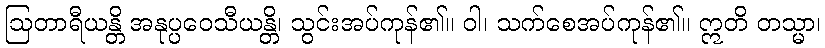
ဩတာရီယန္တိ အနုပ္ပဝေသီယန္တိ၊ သွင်းအပ်ကုန်၏။ ဝါ၊ သက်စေအပ်ကုန်၏။ ဣတိ တသ္မာ၊